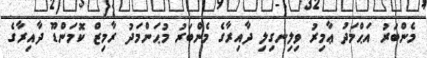
މެންބަރު އަޙްމަދު ޢާމިރު ވިލިނގިލި ދާއިރާގެ މެންބަރު މުޙަންމަދު ރާމިޒް ކޮމަންޑޫ ދާއިރާގެ